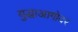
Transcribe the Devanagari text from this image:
युद्धाआगोदर